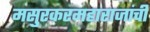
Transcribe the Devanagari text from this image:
मसुरकरमहाराजांची